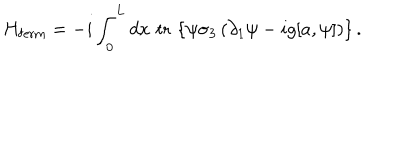
H _ { \mathrm { f e r m } } = - i \int _ { 0 } ^ { L } d x \, \, \mathrm { t r } \, \left\{ \psi \sigma _ { 3 } \left( \partial _ { 1 } \psi - i g [ a , \psi ] \right) \right\} .